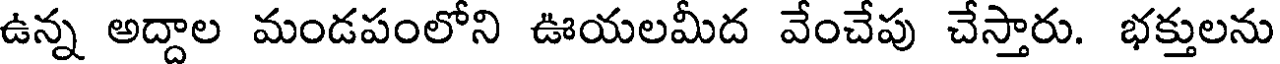
ఉన్న అద్దాల మండపంలోని ఊయలమీద వేంచేపు చేస్తారు. భక్తులను